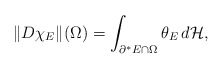
\begin{align*}\Vert D\chi_{E}\Vert(\Omega)=\int_{\partial^{*}E\cap \Omega}\theta_E\,d\mathcal H,\end{align*}